Elephants and their diseases
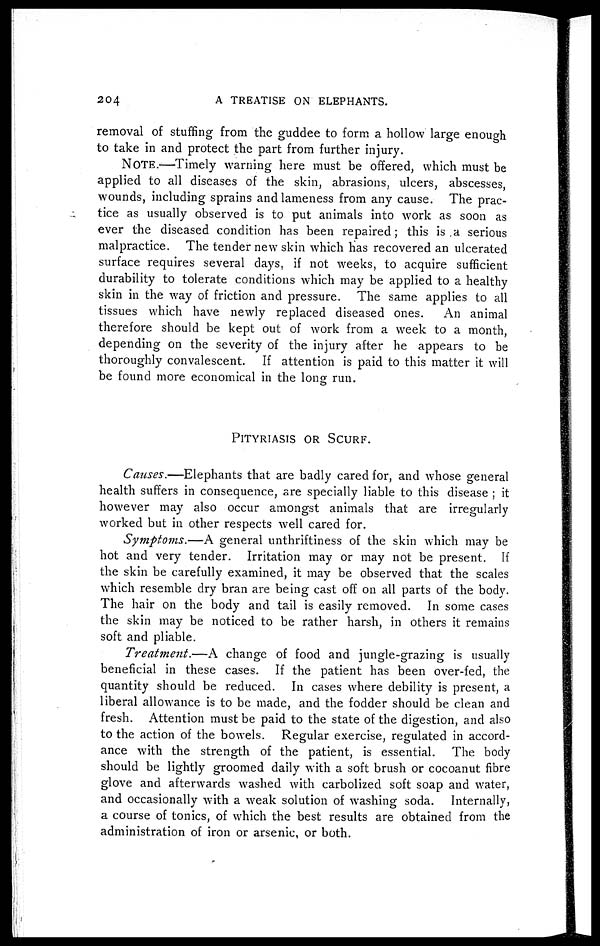
204
A
TREATISE ON ELEPHANTS.
removal of stuffing from the guddee to form a hollow large enough
to take in and protect the part from further injury.
NOTE.—Timely warning here must be offered, which must be
applied to all diseases of the skin, abrasions, ulcers, abscesses,
wounds, including sprains and lameness from any cause. The prac-
tice as usually observed is to put animals into work as soon as
ever the diseased condition has been repaired ; this is a serious
malpractice. The tender new skin which has recovered an ulcerated
surface requires several days, if not weeks, to acquire sufficient
durability to tolerate conditions which may be applied to a healthy
skin in the way of friction and pressure. The same applies to all
tissues which have newly replaced diseased ones.
An animal
therefore should be kept out of work from a week to a month,
depending on the severity of the injury after he appears to be
thoroughly convalescent. If attention is paid to this matter it will
be found more economical in the long run.
PITYRIASIS OR SCURF.
Causes.—Elephants that are badly cared for, and whose general
health suffers in consequence, are specially liable to this disease ; it
however may also occur amongst animals that are irregularly
worked but in other respects well cared for.
Symptoms.—A general unthriftiness of the skin which may be
hot and very tender. Irritation may or may not be present. If
the skin be carefully examined, it may be observed that the scales
which resemble dry bran are being cast off on all parts of the body.
The hair on the body and tail is easily removed. In some cases
the skin may be noticed to be rather harsh, in others it remains
soft and pliable.
Treatment.—A
change of food and jungle-grazing is usually
beneficial in these cases. If the patient has been over-fed, the
quantity should be reduced. In cases where debility is present, a
liberal allowance is to be made, and the fodder should be clean and
fresh. Attention must be paid to the state of the digestion, and also
to the action of the bowels. Regular exercise, regulated in accord-
ance with the strength of the patient, is essential. The body
should be lightly groomed daily with a soft brush or cocoanut fibre
glove and afterwards washed with carbolized soft soap and water,
and occasionally with a weak solution of washing soda. Internally,
a course of tonics, of which the best results are obtained from the
administration of iron or arsenic, or both.